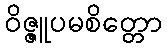
ဝိဇ္ဇူပမစိတ္တော